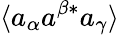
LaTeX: \langle a_{\alpha}a^{\beta*}a_{\gamma}\rangle